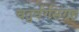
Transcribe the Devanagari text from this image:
चतुर्वर्गसंग्रह